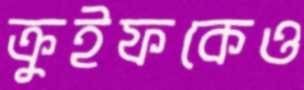
ক্রুইফকেও